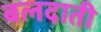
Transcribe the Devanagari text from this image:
बलदाती